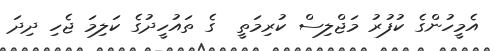
އެމީހުންގެ ކުފުރު މަޖްލިސް ކުރިމަތީ  ގެ ތައުހީދުގެ ކަލިމަ ޖެހި ދިދަ